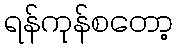
ရန်ကုန်စတော့